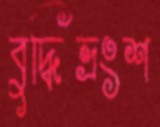
বুদ্ধিভ্রংশ